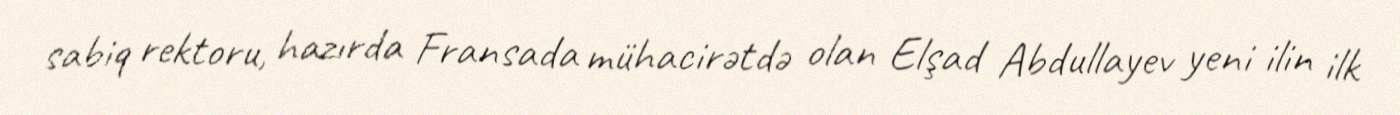
sabiq rektoru, hazırda Fransada mühacirətdə olan Elşad Abdullayev yeni ilin ilk